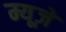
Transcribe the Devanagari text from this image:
म्यूज़े